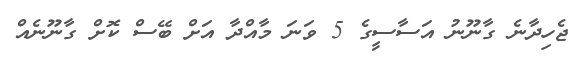
ޖެހިދާނެ ގާނޫނު އަސާސީގެ 5 ވަނަ މާއްދާ އަށް ބޭސް ކޮށް ގާނޫނެއް